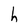
Character: h